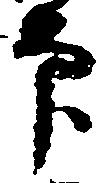
印